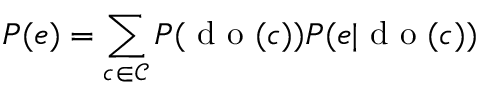
P ( e ) = \sum _ { c \in \mathcal { C } } P ( \mathrm { ~ d ~ o ~ } ( c ) ) P ( e | \mathrm { ~ d ~ o ~ } ( c ) )